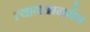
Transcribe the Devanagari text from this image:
त्यानआनमेन